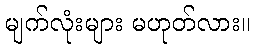
မျက်လုံးများ မဟုတ်လား။